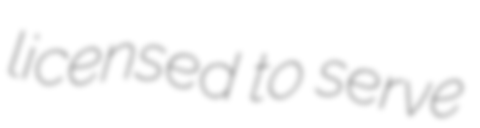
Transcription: licensed to serve